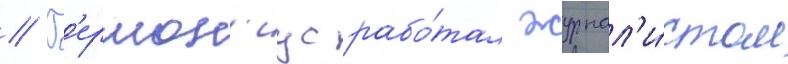
// Г'ермон'иус рабо́тал журнал'и́стом